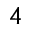
4